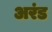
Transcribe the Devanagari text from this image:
अरंड